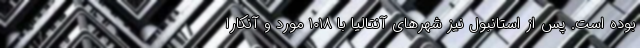
بوده است. پس از استانبول نیز شهرهای آنتالیا با ۱۰۱۸ مورد و آنکارا